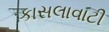
કાસલાવાટી